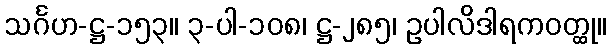
သင်္ဂဟ-ဋ္ဌ-၁၅၃။ ၃-ပါ-၁၀၈၊ ဋ္ဌ-၂၈၅၊ ဥပါလိဒါရကဝတ္ထု။